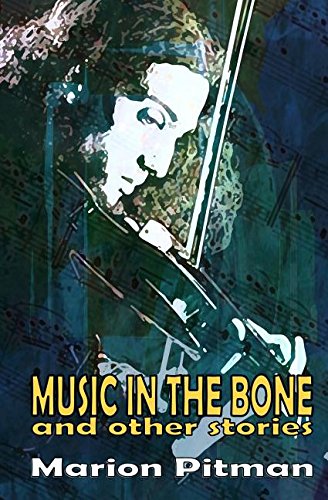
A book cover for Music in the Bone; Marion Pitman; Science Fiction & Fantasy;